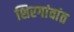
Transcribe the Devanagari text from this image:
शिरगांवांत